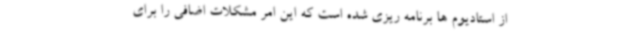
از استادیوم ها برنامه ریزی شده است که این امر مشکلات اضافی را برای